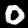
Label: 0